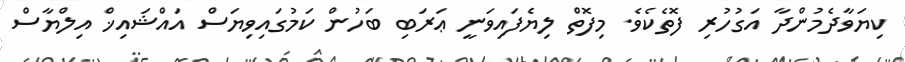
ކިޔަވާދެމުންދާ އަގުހުރި ފޮތެކެވެ. މިފޮތް ލިޔެފައިވަނީ ޢަރަބި ބަހުން ކަމުގައިވިޔަސް އައްޝައިޚް އިލްޔާސް